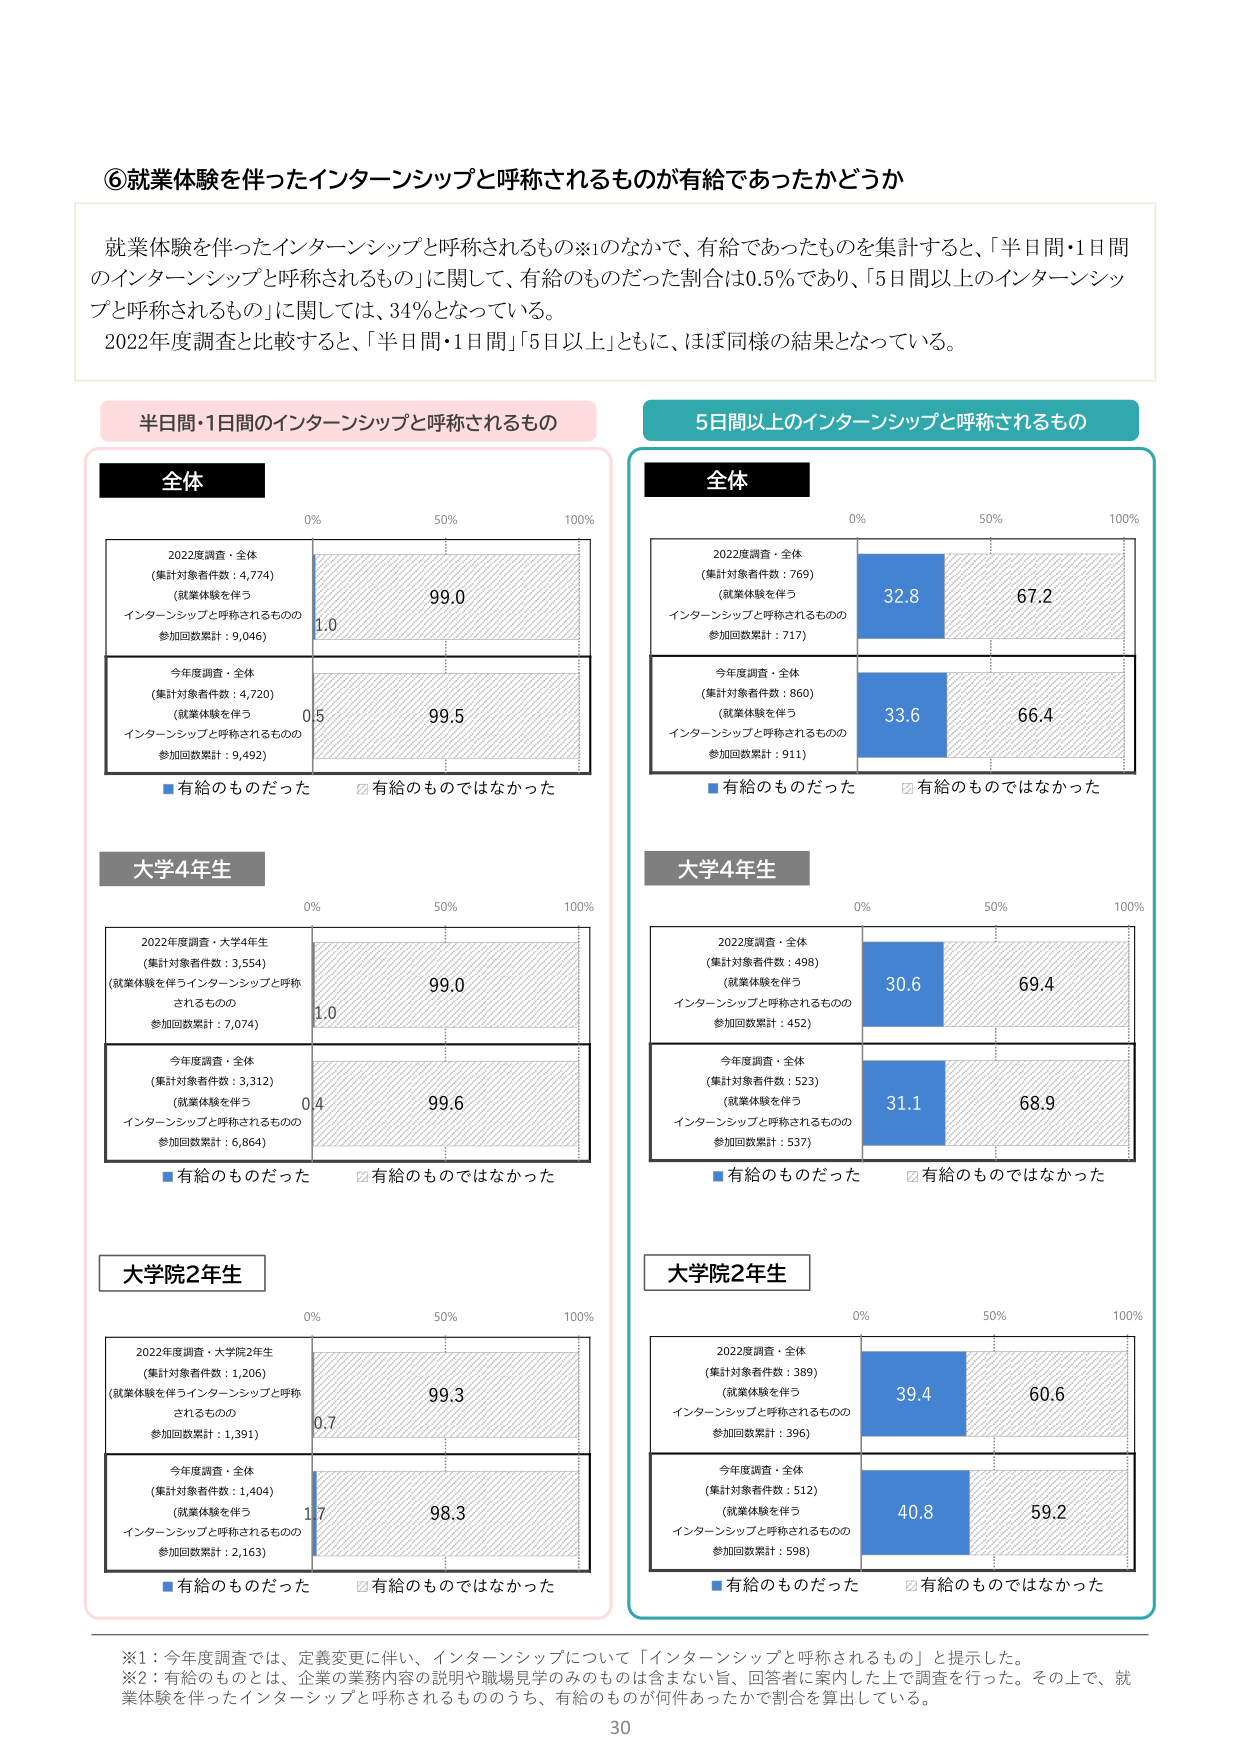
⑥就業体験を伴ったインターンシップと呼称されるものが有給であったかどうか

就業体験を伴ったインターンシップと呼称されるもの※1のなかで、有給であったものを集計すると、「半日間・1日間のインターンシップと呼称されるもの」に関して、有給のものだった割合は0.5%であり、「5日間以上のインターンシップと呼称されるもの」に関しては、34%となっている。
2022年度調査と比較すると、「半日間・1日間」「5日以上」ともに、ほぼ同様の結果となっている。

半日間・1日間のインターンシップと呼称されるもの

全体
2022年度調査・全体
（集計対象者件数：4,774）
（就業体験を伴う
インターンシップと呼称されるものの
参加回数累計：9,046）
1.0
99.0
今年度調査・全体
（集計対象者件数：4,720）
（就業体験を伴う
インターンシップと呼称されるものの
参加回数累計：9,492）
0.5
99.5
■有給のものだった　□有給のものではなかった

大学4年生
2022年度調査・大学4年生
（集計対象者件数：3,554）
（就業体験を伴うインターンシップと呼称
されるものの
参加回数累計：7,074）
1.0
99.0
今年度調査・全体
（集計対象者件数：3,312）
（就業体験を伴う
インターンシップと呼称されるものの
参加回数累計：6,864）
0.4
99.6
■有給のものだった　□有給のものではなかった

大学院2年生
2022年度調査・大学院2年生
（集計対象者件数：1,206）
（就業体験を伴うインターンシップと呼称
されるものの
参加回数累計：1,391）
0.7
99.3
今年度調査・全体
（集計対象者件数：1,404）
（就業体験を伴う
インターンシップと呼称されるものの
参加回数累計：2,163）
1.7
98.3
■有給のものだった　□有給のものではなかった

5日間以上のインターンシップと呼称されるもの

全体
2022年度調査・全体
（集計対象者件数：769）
（就業体験を伴う
インターンシップと呼称されるものの
参加回数累計：717）
32.8
67.2
今年度調査・全体
（集計対象者件数：860）
（就業体験を伴う
インターンシップと呼称されるものの
参加回数累計：911）
33.6
66.4
■有給のものだった　□有給のものではなかった

大学4年生
2022年度調査・全体
（集計対象者件数：498）
（就業体験を伴う
インターンシップと呼称されるものの
参加回数累計：452）
30.6
69.4
今年度調査・全体
（集計対象者件数：523）
（就業体験を伴う
インターンシップと呼称されるものの
参加回数累計：537）
31.1
68.9
■有給のものだった　□有給のものではなかった

大学院2年生
2022年度調査・全体
（集計対象者件数：389）
（就業体験を伴う
インターンシップと呼称されるものの
参加回数累計：396）
39.4
60.6
今年度調査・全体
（集計対象者件数：512）
（就業体験を伴う
インターンシップと呼称されるものの
参加回数累計：598）
40.8
59.2
■有給のものだった　□有給のものではなかった

※1：今年度調査では、定義変更に伴い、インターンシップについて「インターンシップと呼称されるもの」と提示した。
※2：有給のものとは、企業の業務内容の説明や職場見学のみのものは含まない旨、回答者に案内した上で調査を行った。その上で、就業体験を伴ったインターンシップと呼称されるもののうち、有給のものが何件あったかで割合を算出している。

30